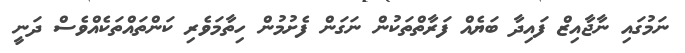
ނަމުގައި ނާޖާއިޒް ފައިދާ ބަޔެއް ފަރާތްތަކުން ނަގަން ފެށުމުން ހިތާމަވެރި ކަންތައްތަކެއްވެސް ދަނީ